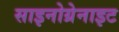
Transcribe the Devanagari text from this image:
साइनोग्रेनाइट